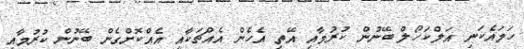
ހަމައެކަނި އަލްކަހޯލް ބޭނުން ކުރުމާއި އޭތި އެހެން އެއްޗަކާއި އެއްކޮށްގެން ބޭނުން ކުރުމާއި